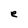
Character: e